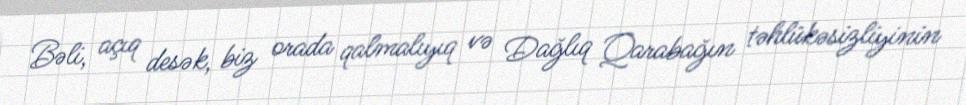
Bəli, açıq desək, biz orada qalmalıyıq və Dağlıq Qarabağın təhlükəsizliyinin